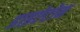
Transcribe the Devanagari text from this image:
डाइऐटोम